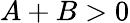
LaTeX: A+B>0